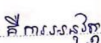
គឺការអនុវត្ត